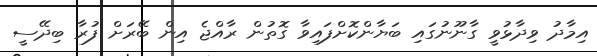
އިމާދު ވިދާޅުވީ ގާނޫނުގައި ބަޔާންކޮށްފައިވާ ގޮތުން ރާއްޖެ އިން ބޭރަށް ފުރާ ބިދޭސީ